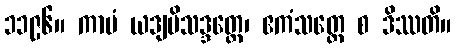
၁၁၉၆။ ကာမံ ယဒျပိသဒ္ဒတ္ထေ၊ ဧကံသတ္ထေ စ ဒိဿတိ။